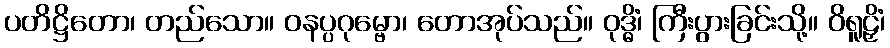
ပတိဋ္ဌိတော၊ တည်သော။ ဝနပ္ပဂုမ္ဗော၊ တောအုပ်သည်။ ဝုဒ္ဓိံ၊ ကြီးပွားခြင်းသို့။ ဝိရူဠှိံ၊